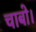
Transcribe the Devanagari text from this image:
चाबो।